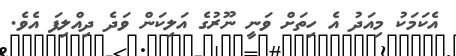
އެކަމަކު މިއަދު އެ ހިތަށް ވަނީ ނޫރުގެ އަލިކަން ވަދެ ދިއްލިފަ އެވެ.